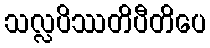
သလ္လပိဿတိပီတိပေ